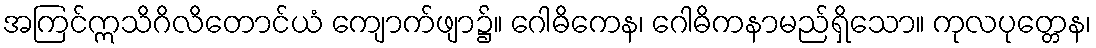
အကြင်ဣသိဂိလိတောင်ယံ ကျောက်ဖျာ၌။ ဂေါဓိကေန၊ ဂေါဓိကနာမည်ရှိသော။ ကုလပုတ္တေန၊